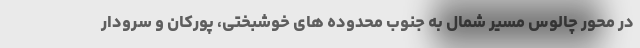
در محور چالوس مسیر شمال به جنوب محدوده های خوشبختی، پورکان و سرودار